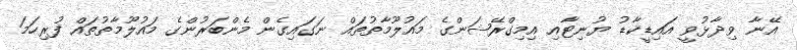
އޭނާ ވިދާޅުވީ އައިޑީކާޑު ޔުނިޓާއި އިމިގްރޭޝަންގެ މައުލޫމާތުތައް ނަގައިގެން މެންބަރުންގެ މައުލޫމާތުތައް ފުރިހަމަ